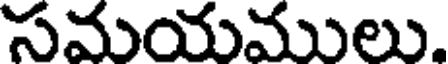
సమయములు.